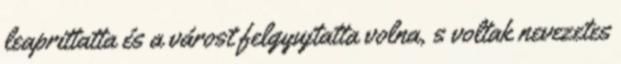
leaprittatta és a várost felgyujtatta volna, s voltak nevezetes